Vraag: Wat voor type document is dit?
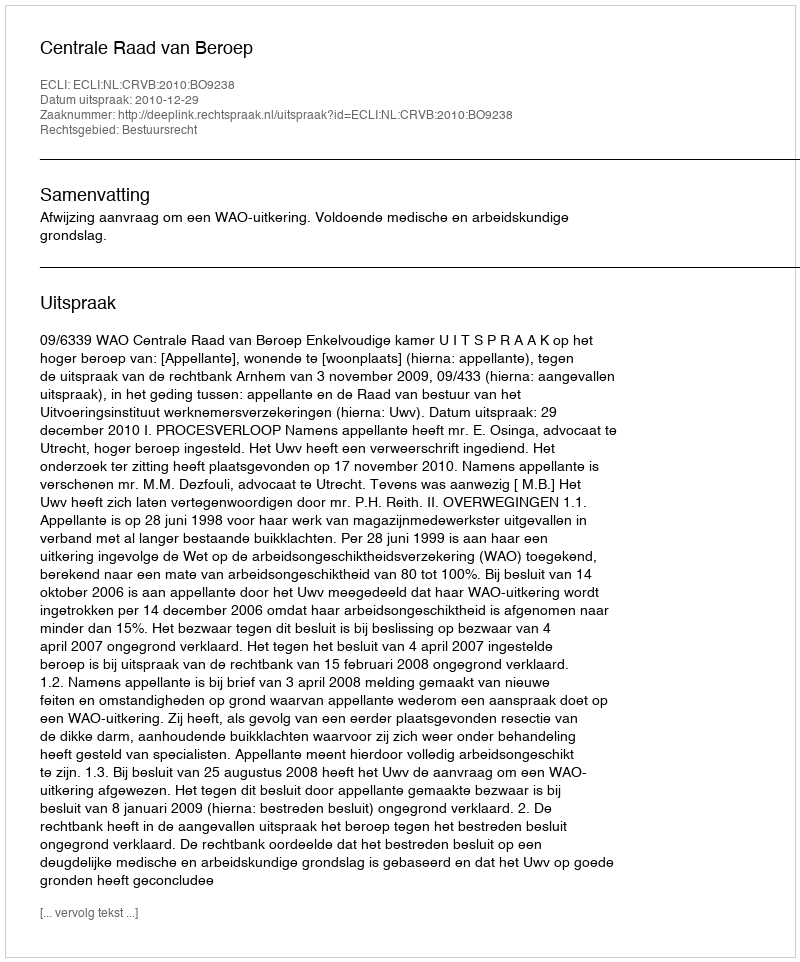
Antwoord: Uitspraak